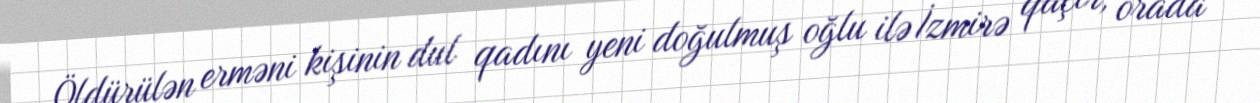
Öldürülən erməni kişinin dul qadını yeni doğulmuş oğlu ilə İzmirə qaçır, orada